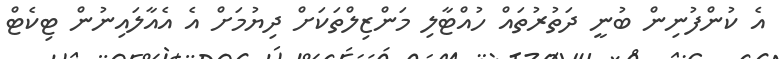
އެ ކުންފުނިން ބުނީ ދަތުރުތައް ހުއްޓާލި މަންޒިލްތަކަށް ދިޔުމަށް އެ އެއާލައިނުން ޓިކެޓް